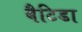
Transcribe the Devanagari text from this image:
बैटिडा